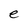
Character: e